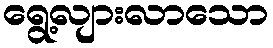
ရွေ့လျားလာသော